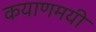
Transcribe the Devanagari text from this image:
कयाणमयी